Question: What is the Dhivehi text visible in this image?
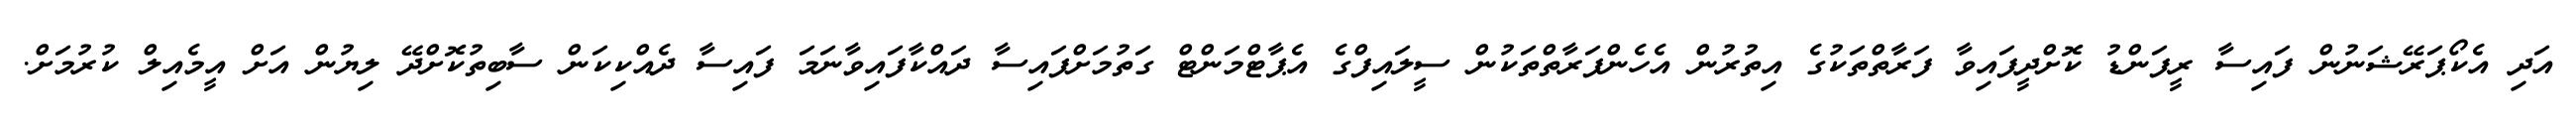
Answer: އަދި އެކޯޕަރޭޝަނުން ފައިސާ ރީފަންޑު ކޮށްދީފައިވާ ފަރާތްތަކުގެ އިތުރުން އެހެންފަރާތްތަކުން ސީލައިފްގެ އެޕާޓްމަންޓް ގަތުމަށްފައިސާ ދައްކާފައިވާނަމަ ފައިސާ ދެއްކިކަން ސާބިތުކޮށްދޭ ލިޔުން އަށް އީމެއިލް ކުރުމަށް.